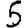
Digit: 5